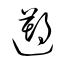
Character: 遡